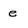
Character: e